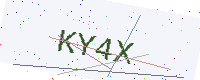
Text: KY4X